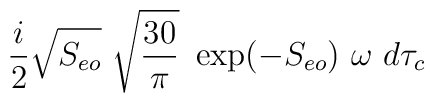
{{i} \over {2}}\sqrt{S_{eo}} \  \sqrt{{{30} \over {\pi}}} \ \exp(-S_{eo}) \  \omega \  d\tau_{c}